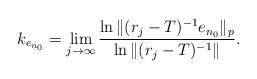
LaTeX: \begin{align*}k_{e_{n_0}}=\lim\limits_{j\rightarrow \infty}\frac{\ln\|(r_j-T)^{-1}e_{n_0}\|_p}{\ln\|(r_j-T)^{-1}\|}.\end{align*}